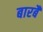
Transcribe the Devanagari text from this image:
बारबै